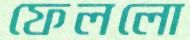
ফেললো